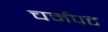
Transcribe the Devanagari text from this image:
चर्मपट